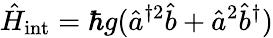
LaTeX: \hat{H}_{\textrm{int}}=\hbar g(\hat{a}^{\dagger 2}\hat{b}+\hat{a}^{2}\hat{b}^{\dagger})